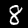
Digit: 8